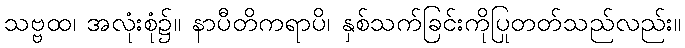
သဗ္ဗထ၊ အလုံးစုံ၌။ နာပီတိကရာပိ၊ နှစ်သက်ခြင်းကိုပြုတတ်သည်လည်း။